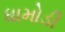
ધામોડી